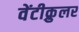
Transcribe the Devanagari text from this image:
वेंटीक्रुलर